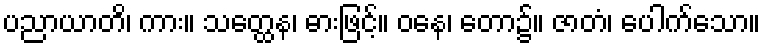
ပညာယာတိ၊ ကား။ သတ္ထေန၊ ဓားဖြင့်။ ဝနေ၊ တော၌။ ဇာတံ၊ ပေါက်သော။